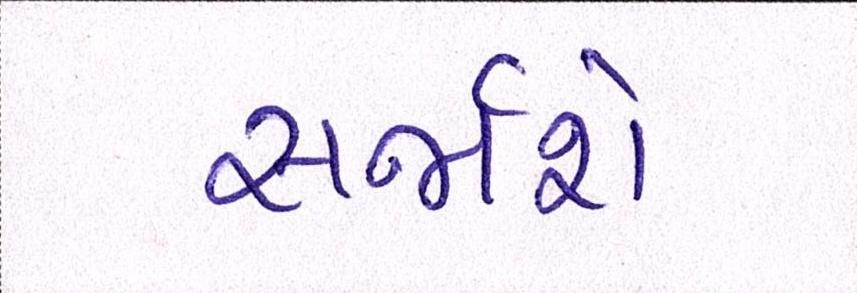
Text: સર્જાશે